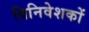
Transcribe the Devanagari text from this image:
विनिवेशकों